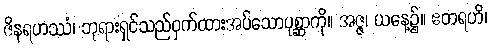
ဇိနရဟဿံ၊ ဘုရားရှင်သည်ဝှက်ထားအပ်သောပုစ္ဆာကို။ အဇ္ဇ၊ ယနေ့၌။ ဧတရဟိ၊